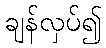
ချန်လှပ်၍